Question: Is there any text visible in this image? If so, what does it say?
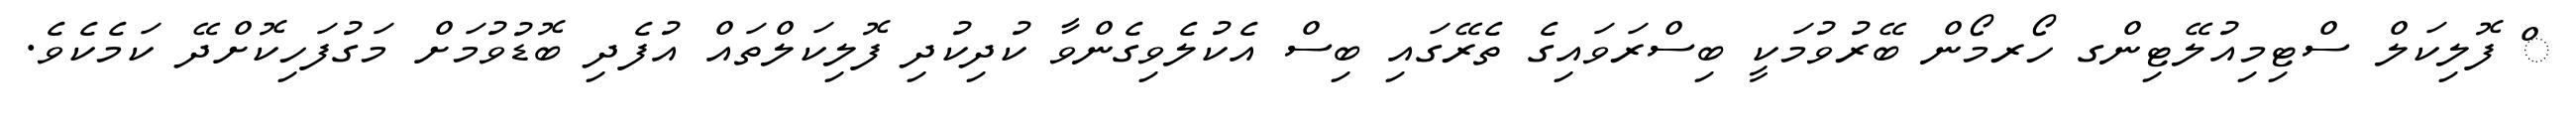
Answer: ް ފޮލިކަލް ސްޓިމިއުލޭޓިންގ ހޯރމޯން ބޭރުވުމަކީ ބިސްރަވައިގެ ތެރޭގައި ބިސް އެކުލެވިގެންވާ ކުދިކުދި ފޮލިކަލްތައް އުފެދި ބޮޑުވުމަށް މަގުފަހިކޮށްދޭ ކަމެކެވެ.